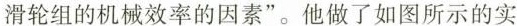
滑轮组的机械效率的因素”。他做了如图所示的实